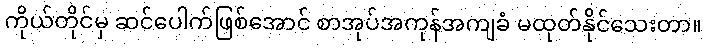
ကိုယ်တိုင်မှ ဆင်ပေါက်ဖြစ်အောင် စာအုပ်အကုန်အကျခံ မထုတ်နိုင်သေးတာ။